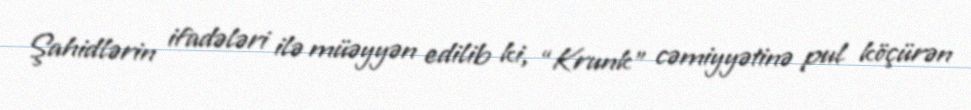
Şahidlərin ifadələri ilə müəyyən edilib ki, “Krunk” cəmiyyətinə pul köçürən